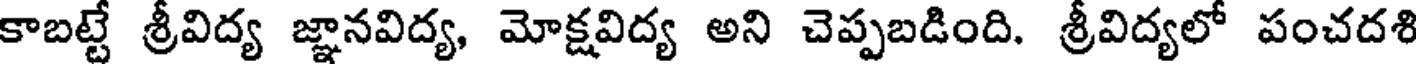
కాబట్టే శ్రీవిద్య జ్ఞానవిద్య, మోక్షవిద్య అని చెప్పబడింది. శ్రీవిద్యలో పంచదశి